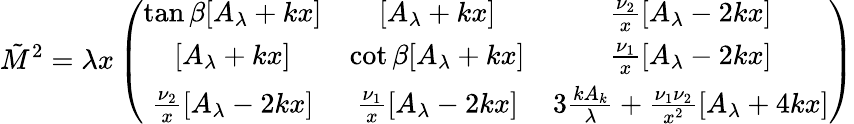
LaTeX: \tilde{M}^{2}=\lambda x\left(\begin{array}{ccc}{{\tan\beta[A_{\lambda}+kx]}}&{{[A_{\lambda}+kx]}}&{{\frac{\nu_{2}}{x}[A_{\lambda}-2kx]}}\\ {{\mathrm{}[A_{\lambda}+kx]}}&{{\cot\beta[A_{\lambda}+kx]}}&{{\frac{\nu_{1}}{x}[A_{\lambda}-2kx]}}\\ {{\frac{\nu_{2}}{x}[A_{\lambda}-2kx]}}&{{\frac{\nu_{1}}{x}[A_{\lambda}-2kx]}}&{{3\frac{kA_{k}}{\lambda}+\frac{\nu_{1}\nu_{2}}{x^{2}}[A_{\lambda}+4kx]}}\end{array}\right)